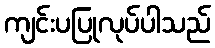
ကျင်းပပြုလုပ်ပါသည်